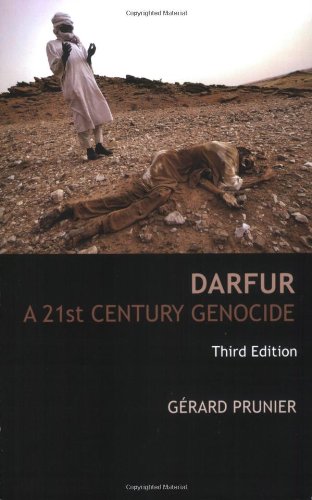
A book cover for Darfur: A 21st Century Genocide, Third Edition (Crises in World Politics); Gerard Prunier; History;